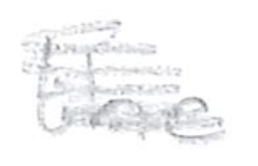
Text: the
Cross-out: scratch
Writing tool: pencil